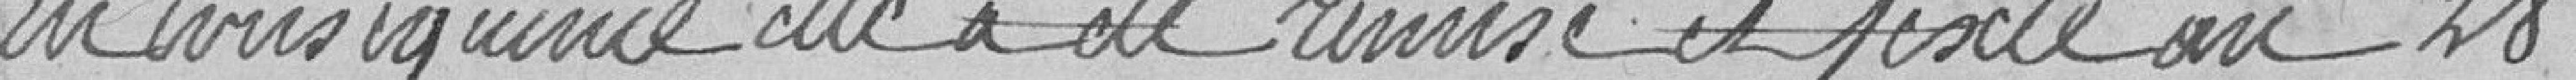
En conséquence elle a été remise et fixée au 28